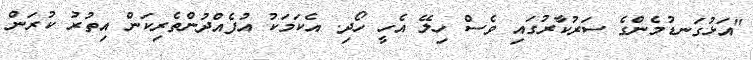
"އަޅުގަނޑުމެންގެ ސަރުކާރުގައި ވެސް ހިލޭ އެހީ ހޯދި. އެކަމަކު އުފެއްދުންތެރިކަން އިތުރު ކުރަން